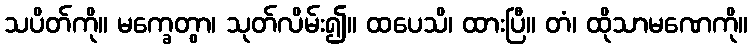
သပိတ်ကို။ မက္ခေတွာ၊ သုတ်လိမ်း၍။ ထပေသိ၊ ထားပြီ။ တံ၊ ထိုသာမဏေကို။